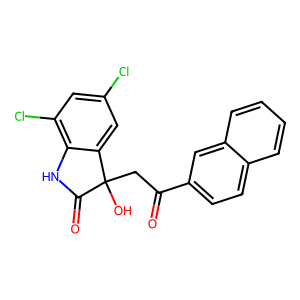
SMILES: O=C(CC1(O)C(=O)Nc2c(Cl)cc(Cl)cc21)c1ccc2ccccc2c1
Inhibits HIV replication: No